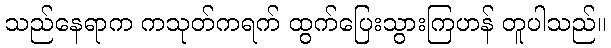
သည်နေရာက ကသုတ်ကရက် ထွက်ပြေးသွားကြဟန် တူပါသည်။